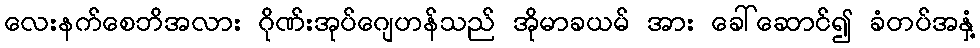
လေးနက်စေဘိအလား ဂိုဏ်းအုပ်ဂျေဟန်သည် အိုမာခယမ် အား ခေါ်ဆောင်၍ ခံတပ်အနှံ့